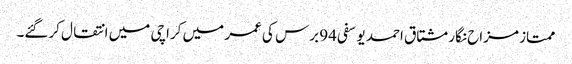
ممتاز مزاح نگار مشتاق احمد یوسفی 94 برس کی عمر میں کراچی میں انتقال کرگئے۔